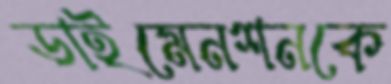
ডাইমেনশনকে